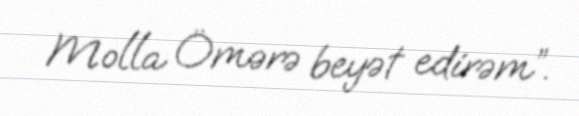
Molla Ömərə beyət edirəm”.